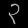
Digit: ၃